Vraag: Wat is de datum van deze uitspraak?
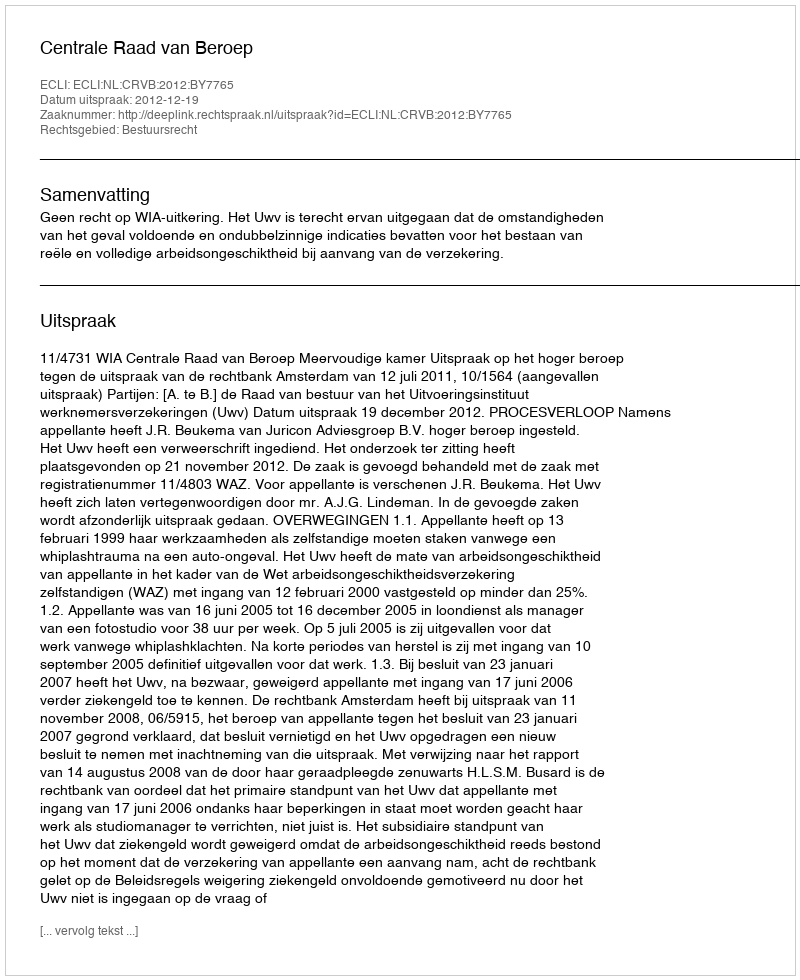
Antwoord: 2012-12-19